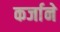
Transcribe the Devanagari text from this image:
कर्जाने